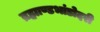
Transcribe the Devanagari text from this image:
ब्रह्माण्डभांडोदरी